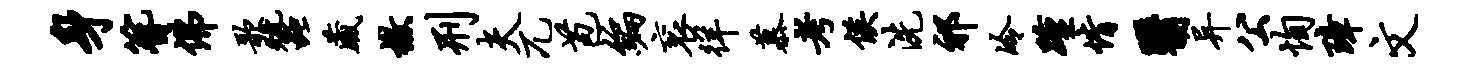
身簪佛歌蚕藏檄刑夫兀苞编衮徉慕考侯洗祁冷踵情翳异公恂璋文